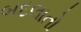
બદલાતો